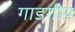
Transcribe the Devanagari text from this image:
गाडगीय